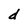
Character: d